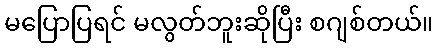
မပြောပြရင် မလွတ်ဘူးဆိုပြီး စဂျစ်တယ်။